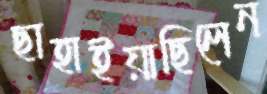
ছাহাইয়াছিলেন